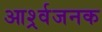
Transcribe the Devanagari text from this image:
आर्श्र्वजनक